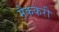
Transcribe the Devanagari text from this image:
मैककरी